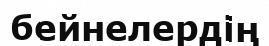
бейнелердің